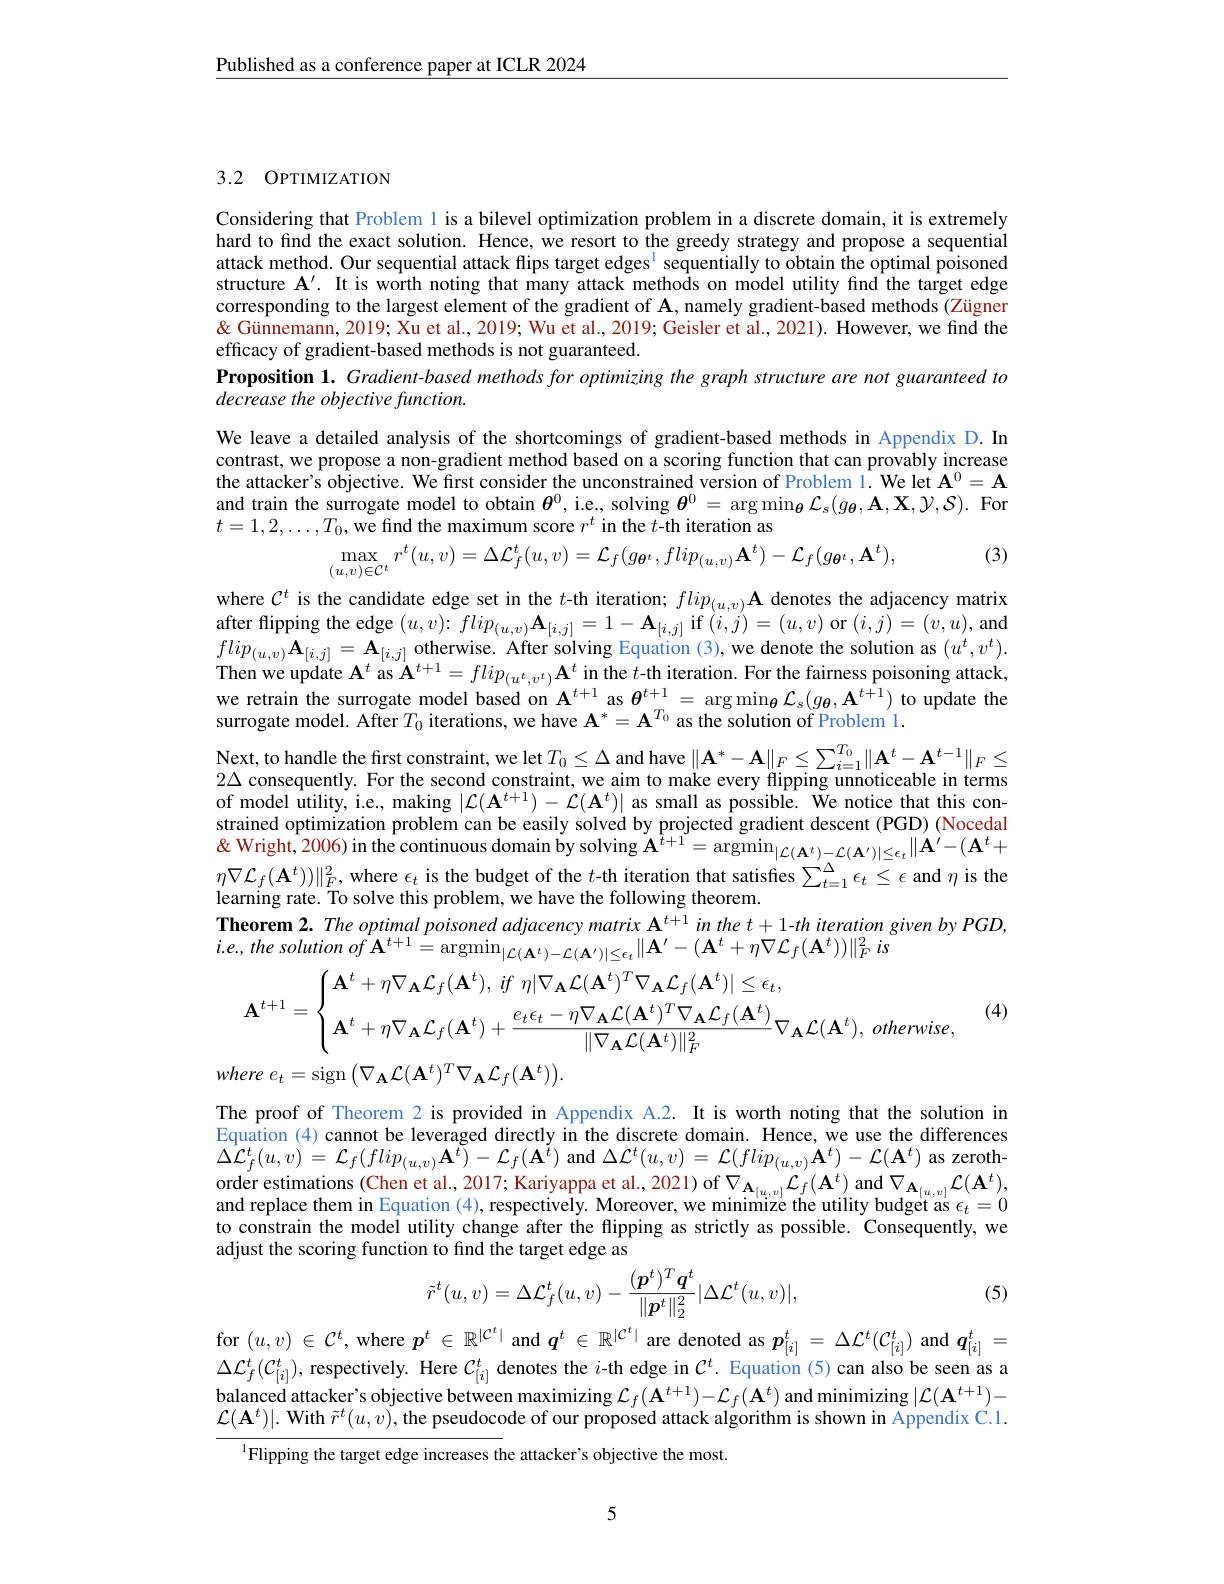
Published as a conference paper at ICLR 2024

## 3.2 OPTIMIZATION

Considering that Problem l is a bilevel optimization problem in a discrete domain, it is extremely hard to find the exact solution. Hence, we resort to the greedy strategy and propose a sequential attack method. Our sequential attack flips target edges$^{1}$ sequentially to obtain the optimal poisoned structure $\mathbf{A}^\prime.$ It is worth noting that many attack methods on model utility find the target edge corresponding to the largest element of the gradient of A, namely gradient-based methods (Zügner & Günnemann, 2019; Xu et al., 2019; Wu et al., 2019; Geisler et al., 2021). However, we find the efficacy of gradient-based methods is not guaranteed.
Proposition 1. Gradient-based methods for optimizing the graph structure are not guaranteed to
decrease the objective function.
We leave a detailed analysis of the shortcomings of gradient-based methods in Appendix D.In contrast, we propose a non-gradient method based on a scoring function that can provably increase the attacker's objective. We first consider the unconstrained version of Problem l. We let $\mathbf{A}^0=\mathbf{A}$ and train the surrogate model to obtain $\theta^0$, i.e., solving $\boldsymbol{\theta}^0=\arg\min_{\boldsymbol{\theta}}\mathcal{L}_s(g_{\boldsymbol{\theta}},\mathbf{A},\mathbf{X},\mathcal{Y},\mathcal{S}).$ For $t=1,2,\ldots,T_{0},\tilde{\text{we find the maximum score }r^{t}}$ in the $t$-th iteration as
(3)
$$\max_{(u,v)\in\mathcal{C}^{t}}r^{t}(u,v)=\Delta\mathcal{L}_{f}^{t}(u,v)=\mathcal{L}_{f}(g_{\theta^{t}},flip_{(u,v)}\mathbf{A}^{t})-\mathcal{L}_{f}(g_{\theta^{t}},\mathbf{A}^{t}),$$
where $C^t$ is the candidate edge set in the $t$-th iteration; $flip_( u, v) \textbf{A denotes the adjacency matrix}$ after flipping the edge $(u,v)\colon flip_{(u,v)}\mathbf{A}_{[i,j]}=1-\mathbf{A}_{[i,j]}$ if $(i,j)=(u,v)$ or $(i,j)=(v,u)$, and $flip_{( u, v) }\mathbf{A} _{[ i, j] }= \mathbf{A} _{[ i, j] }$ otherwise. After solving Equation ( 3) , we denote the solution as $( u^{t}, v^{t}) .$ $\text{Then we update A}^{t}\mathrm{~as~A}^{t+ 1}= flip_{( u^{t}, v^{t}) }\mathbf{A} ^{t}$ in the $t$ iteration. For the fairness poisoning attack, we retr surrogate model. After $T_0$ iterations, we have $\mathbf{A}^*=\mathbf{A}^{T_0}$ as the solution of Problem 1.
Next, to handle the first constraint, we let $T_0\leq\Delta$ and have $\|\mathbf{A}^*-\mathbf{A}\|_F\leq\sum_{i=1}^{T_0}\|\mathbf{A}^t-\mathbf{A}^{t-1}\|_F\leq$ $2\Delta$ consequently. For the second constraint, we aim to make every flipping unnoticeable in terms of model utility, i.e., making $|\mathcal{L}(\mathbf{A}^{t+1})-\mathcal{L}(\mathbf{A}^{t})|$ as small as possible. We notice that this constrained optimization problem can be easily solved by projected gradient descent (PGD) (Nocedal $\&$ Wright, 2006) in the continuous domain by solving $\mathbf{A}^t+1=\operatorname{argmin}_{|\mathcal{L}(\mathbf{A}^t)-\mathcal{L}(\mathbf{A}^\prime)|\leq\epsilon_t}\|\mathbf{A}^{\prime}-(\mathbf{A}^t+$ $\eta\nabla\mathcal{L}_f(\mathbf{A}^t))\|_F^2$, where $\epsilon_t$ is the budget of the $t$-th iteration that satisfies $\sum_t=1^\Delta\epsilon_t\leq\epsilon$ and $\eta$ is the learning rate. To solve this problem, we have the following theorem.
Theorem 2. The optimal poisoned adjacency matrix $\mathbf{A}^{t+1}$ in the $t+1$-th iteration given by PGD,
$i. e. , the$ solution $of$ $\mathbf{A} ^{t+ 1}= \operatorname { argmin} _{| \mathcal{L} ( \mathbf{A} ^{t}) - \mathcal{L} ( \mathbf{A} ^{\prime }) | \leq \epsilon _{t}}\| \mathbf{A} ^{\prime }- ( \mathbf{A} ^{t}+ \eta \nabla \mathcal{L} _{f}( \mathbf{A} ^{t}) ) \| _{F}^{2}$ $is$
(4)
$$\mathbf{A}^{t+1}=\begin{cases}\mathbf{A}^t+\eta\nabla_\mathbf{A}\mathcal{L}_f(\mathbf{A}^t),\:if\:\eta|\nabla_\mathbf{A}\mathcal{L}(\mathbf{A}^t)^T\nabla_\mathbf{A}\mathcal{L}_f(\mathbf{A}^t)|\leq\epsilon_t,\\\mathbf{A}^t+\eta\nabla_\mathbf{A}\mathcal{L}_f(\mathbf{A}^t)+\dfrac{e_t\epsilon_t-\eta\nabla_\mathbf{A}\mathcal{L}(\mathbf{A}^t)^T\nabla_\mathbf{A}\mathcal{L}_f(\mathbf{A}^t)}{\|\nabla_\mathbf{A}\mathcal{L}(\mathbf{A}^t)\|_F^2}\nabla_\mathbf{A}\mathcal{L}(\mathbf{A}^t),\:otherwise,\end{cases}$$
where $e_{t}= \operatorname { sign} \left ( \nabla _{\mathbf{A} }\mathcal{L} ( \mathbf{A} ^{t}) ^{T}\nabla _{\mathbf{A} }\mathcal{L} _{f}( \mathbf{A} ^{t}) \right ) .$

The proof of Theorem 2 is provided in Appendix A.2. It is worth noting that the solution in Equation $(4)cannot$ be leveraged directly in the discrete domain. Hence, we use the differences $\Delta{\mathcal L}_{f}^{t}(u,v)={\mathcal L}_{f}(flip_{(u,v)}\mathbf{A}^{\tilde{t}})-{\mathcal L}_{f}(\mathbf{A}^{\tilde{t}})$ and $\Delta{\mathcal L}^{t}(u,v)={\mathcal L}(flip_{(u,v)}\mathbf{A}^{t})-{\mathcal L}(\mathbf{A}^{t})$ as zerothorder estimations (Chen et al., 2017; Kariyappa et al., 2021) of $\nabla_\mathbf{A}_{[u,v]}\mathcal{L}_f(\mathbf{A}^t)$ and $\nabla_\mathbf{A}_{[u,v]}\mathcal{L}(\mathbf{A}^t)$, and replace them in Equation (4),respectively. Moreover, we minimize the utility budget as $\epsilon_t=0$ to constrain the model utility change after the flipping as strictly as possible. Consequently, we adjust the scoring function to find the target edge as
$$\tilde{r}^{t}(u,v)=\Delta\mathcal{L}_{f}^{t}(u,v)-\frac{(\boldsymbol{p}^{t})^{T}\boldsymbol{q}^{t}}{\|\boldsymbol{p}^{t}\|_{2}^{2}}|\Delta\mathcal{L}^{t}(u,v)|,$$
(5)

for $(u,v)\in\mathcal{C}^t$,where $p^t\in\mathbb{R}^{|\mathcal{C}^t|}$ and $q^t\in\mathbb{R}^{|\mathcal{C}^t|}$ are denoted as $p_[i]^t=\Delta\mathcal{L}^t(\mathcal{C}_{[i]}^t)$ and $\boldsymbol{q}_{[i]}^t=$

$\Delta\mathcal{L}_{f}^{t}(\mathcal{C}_{[i]}^{t})$, respectively. Here $\mathcal{C}_[i]^{t}$ denotes the $i$-th edge in $\mathcal{C}^t.$ Equation (5)can also be seen as a balanced attacker' s objective between maximizing $\mathcal{L} _f( \mathbf{A} ^{t+ 1}) - \mathcal{L} _f( \mathbf{A} ^t)$ and minimizing $| \mathcal{L} ( \mathbf{A} ^{t+ 1}) -$ $C(\mathbf{A}^t)+\mathbf{W}^{\prime}\mathbf{d}\vec{\mathbf{A}}\vec{\mathbf{A}}\vec{\mathbf{A}}\vec{\mathbf{A}}\vec{\mathbf{A}}\vec{\mathbf{A}}\vec{\mathbf{A}}\vec{\mathbf{A}}\vec{\mathbf{A}}\vec{\mathbf{A}}\vec{\mathbf{A}}\vec{\mathbf{A}}\vec{\mathbf{A}}\vec{\mathbf{A}}\vec{\mathbf{A}}\vec{\mathbf{A}}\vec{\mathbf{AA}}\vec{\mathbf{A}}\vec{\mathbf{A}}$ $\mathcal{L}(\mathbf{A}^t)|.$ With $\tilde{r}^t(u,v)$, the pseudocode of our proposed attack algorithm is shown in Appendix C.1.
$^{1}$Flipping the target edge increases the attacker's objective the most.

5